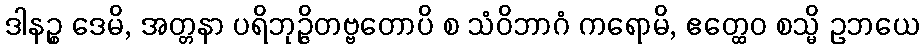
ဒါနဉ္စ ဒေမိ, အတ္တနာ ပရိဘုဉ္ဇိတဗ္ဗတောပိ စ သံဝိဘာဂံ ကရောမိ, ဧတ္ထေဝ စသ္မိ ဥဘယေ